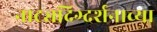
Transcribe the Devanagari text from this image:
नाट्यदिग्दर्शनाच्या